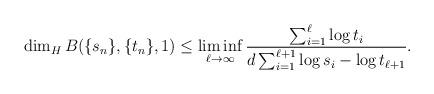
LaTeX: \begin{align*}\dim_H B(\{s_n\}, \{t_n\}, 1) \leq \liminf_{\ell\to\infty} \frac {\sum_{i=1}^\ell \log t_i}{d\sum_{i=1}^{\ell+1} \log s_i - \log t_{\ell+1}}.\end{align*}